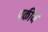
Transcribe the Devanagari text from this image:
प्रकीर्य